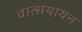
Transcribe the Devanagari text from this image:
वात्सयायन